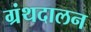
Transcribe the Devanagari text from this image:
ग्रंथदालन